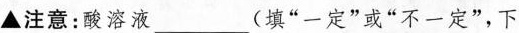
注意：酸溶液 ___ (填”一定”或”不一定”，下